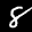
Label: 8